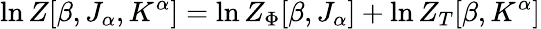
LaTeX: \ln Z[\beta,J_{\alpha},K^{\alpha}]=\ln Z_{\Phi}[\beta,J_{\alpha}]+\ln Z_{T}[\beta,K^{\alpha}]